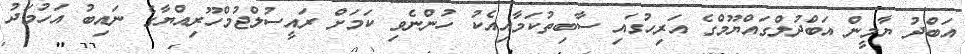
އަބްދު ޔާމީން އަބްދުލްގައްޔޫމްގެ އަރިހުގައި ސާބިތުކަމާއިއެކު ހުންނެވި ކަމަށް ރައީސުލްޖުމްހޫރިއްޔާގެ ނައިބު އަހުމަދު